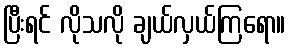
ပြီးရင် လိုသလို ချယ်လှယ်ကြရော။